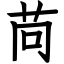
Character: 苘